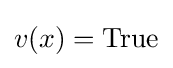
v(x)={\text{True}}